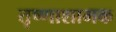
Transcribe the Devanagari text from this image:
तृष्णाशामक